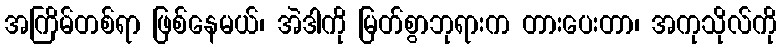
အကြိမ်တစ်ရာ ဖြစ်နေမယ်၊ အဲဒါကို မြတ်စွာဘုရားက တားပေးတာ၊ အကုသိုလ်ကို